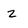
Character: z